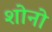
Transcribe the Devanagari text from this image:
शोनो